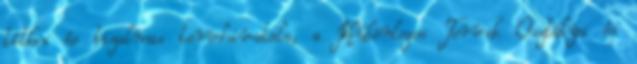
titkos és bizalmas tervhivatala, a Különleges Tervek Osztálya és